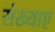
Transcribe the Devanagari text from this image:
संख्याए